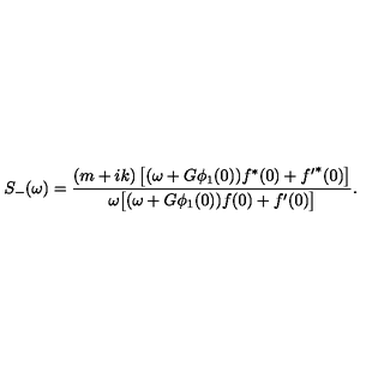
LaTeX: S _ { - } ( \omega ) = \frac { ( m + i k ) \left[ ( \omega + G \phi _ { 1 } ( 0 ) ) f ^ { \ast } ( 0 ) + { f ^ { \prime } } ^ { \ast } ( 0 ) \right] } { \omega \bigl [ ( \omega + G \phi _ { 1 } ( 0 ) ) f ( 0 ) + { f ^ { \prime } } ( 0 ) \bigr ] } .